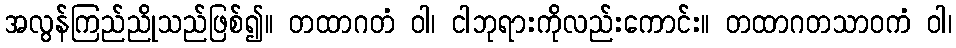
အလွန်ကြည်ညိုသည်ဖြစ်၍။ တထာဂတံ ဝါ၊ ငါဘုရားကိုလည်းကောင်း။ တထာဂတသာဝကံ ဝါ၊